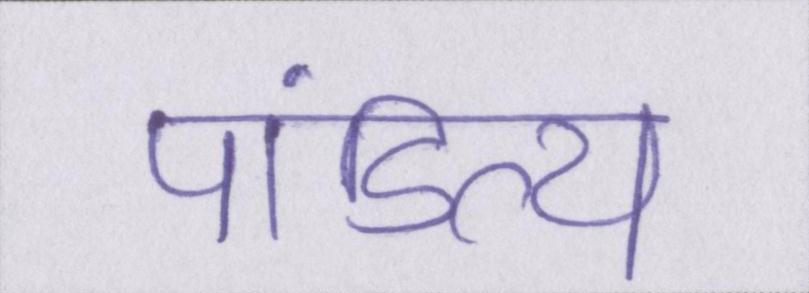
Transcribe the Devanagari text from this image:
पांडित्य